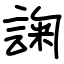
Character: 諊